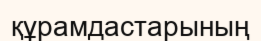
құрамдастарының